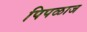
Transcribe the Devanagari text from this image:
पिपळाज